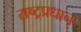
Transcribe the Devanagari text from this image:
राष्ट्रप्रधान